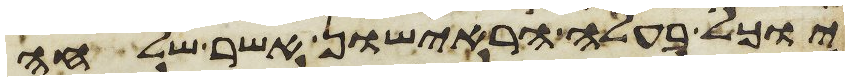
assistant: יוכל בעלה הראישון אשר שלחה